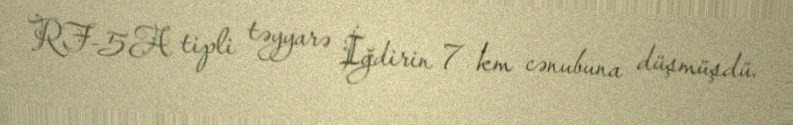
RF-5A tipli təyyarə İğdirin 7 km cənubuna düşmüşdü.